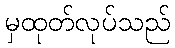
မှထုတ်လုပ်သည်